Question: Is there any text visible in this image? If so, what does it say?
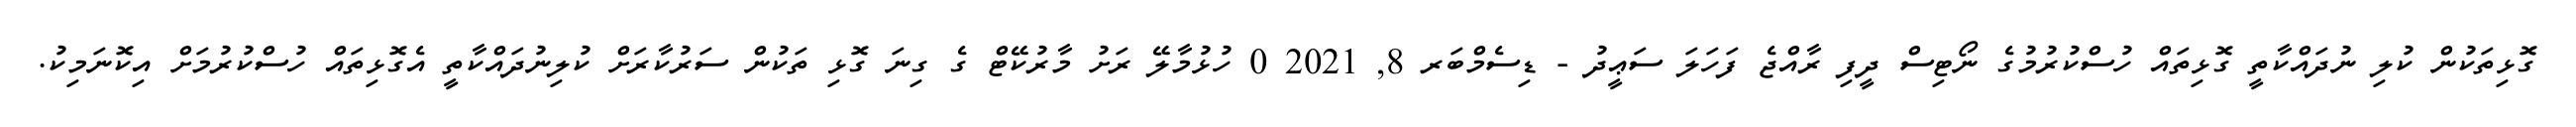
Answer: ގޮޅިތަކުން ކުލި ނުދައްކާތީ ގޮޅިތައް ހުސްކުރުމުގެ ނޯޓިސް ދީފި ރާއްޖެ ފަހަލަ ސަޢީދު - ޑިސެމްބަރ 8, 2021 0 ހުޅުމާލޭ ރަށު މާރުކޭޓް ގެ ގިނަ ގޮޅި ތަކުން ސަރުކާރަށް ކުލިނުދައްކާތީ އެގޮޅިތައް ހުސްކުރުމަށް އިކޮނަމިކު.